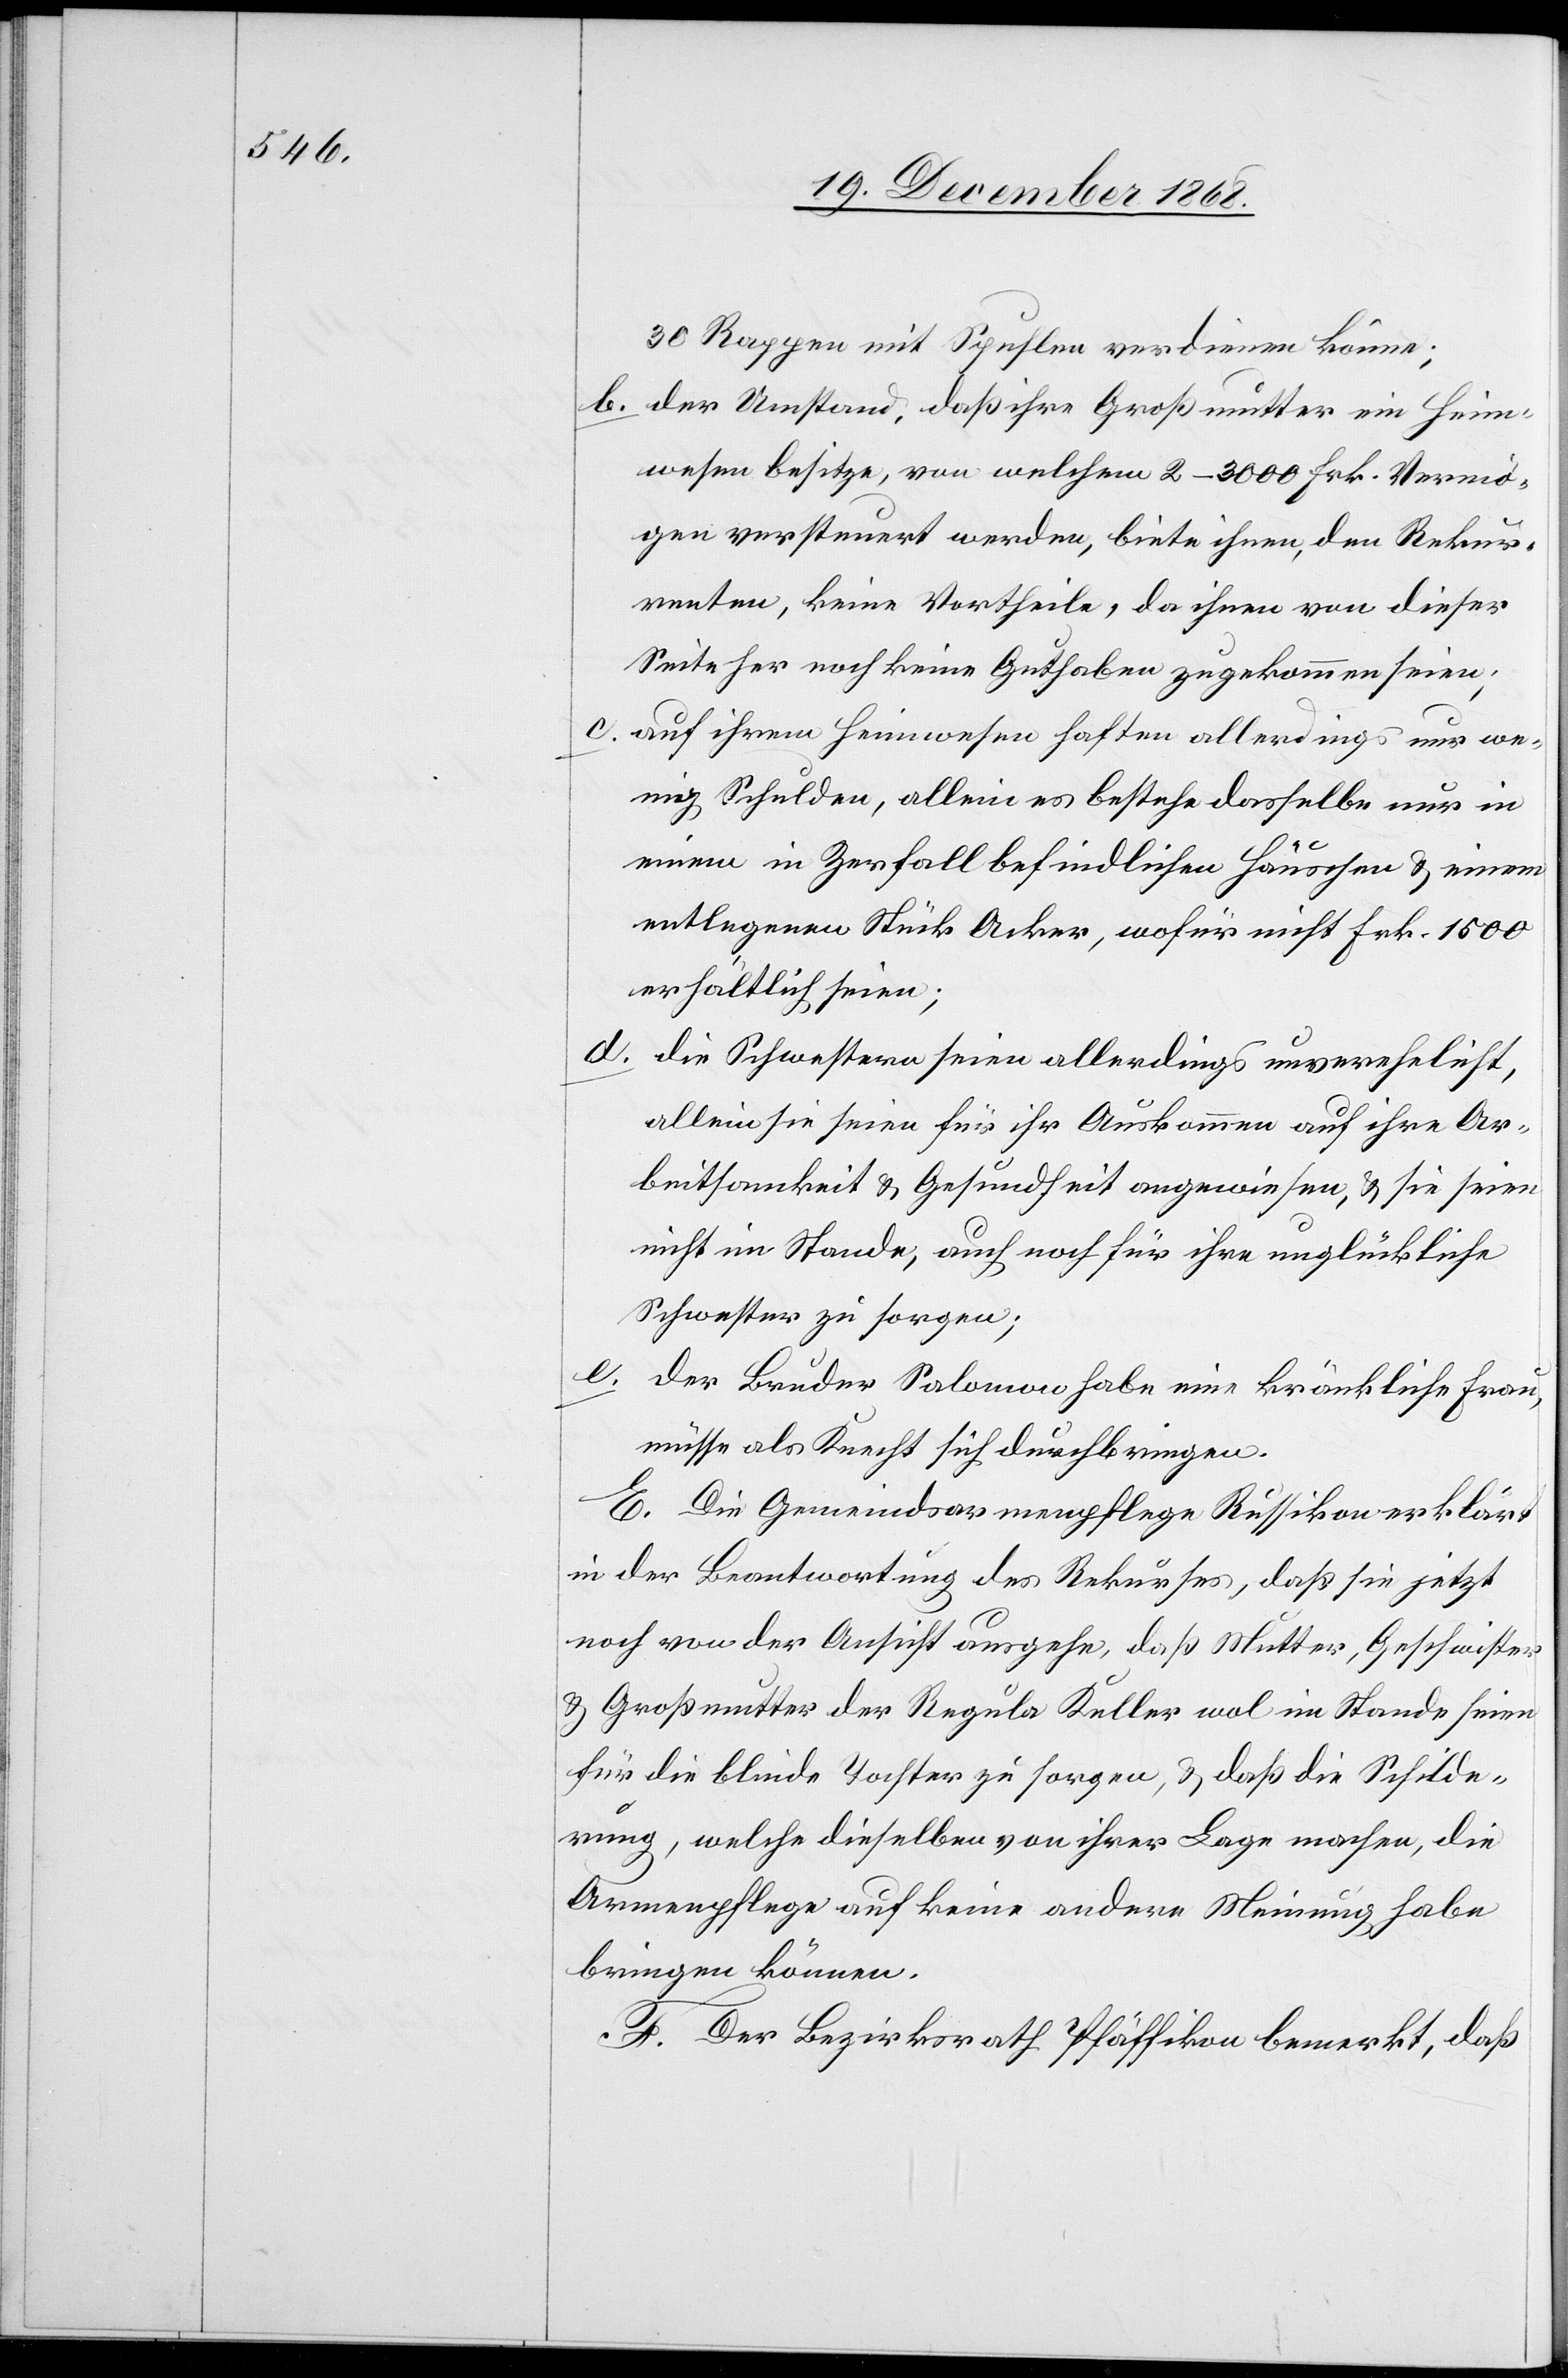
30 Rappen mit Spuhlen verdienen könne;
der Umstand, daß ihre Großmutter ein Heim¬
wesen besitze, von welchem 2–3000 Frk. Vermö¬
gen versteuert werden, biete ihnen, den Rekur¬
renten, keine Vortheile, da ihnen von dieser
Seite her noch keine Guthaben zugekommen seien;
auf ihrem Heimwesen haften allerdings nur we¬
nig Schulden, allein es bestehe dasselbe nur in
einem in Zerfall befindlichen Häuschen & einem
entlegenen Stück Acker, wofür nicht Frk. 1500
erhältlich seien;
die Schwestern seien allerdings unverehelicht,
allein sie seien für ihr Auskommen auf ihre Ar¬
beitsamkeit & Gesundheit angewiesen, & sie seien
nicht im Stande, auch noch für ihre unglückliche
Schwester zu sorgen;
e.
der Bruder Salomon habe eine kränkliche Frau,
müsse als Knecht sich durchbringen.
E. Die Gemeindsarmenpflege Russikon erklärt
in der Beantwortung des Rekurses, daß sie jetzt
noch von der Ansicht ausgehe, daß Mutter, Geschwister
& Großmutter der Regula Keller wol im Stande seien
für die blinde Tochter zu sorgen, & daß die Schilde¬
rung, welche dieselben von ihrer Lage machen, die
Armenpflege auf keine andere Meinung habe
bringen können.
F. Der Bezirksrath Pfäffikon bemerkt, daß